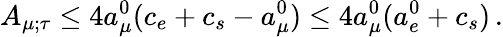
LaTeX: A_{\mu;\tau}\leq 4a_{\mu}^{0}(c_{e}+c_{s}-a_{\mu}^{0})\leq 4a_{\mu}^{0}(a_{e}^{0}+c_{s})\, .